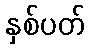
နှစ်ပတ်